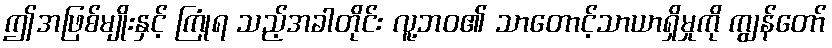
ဤအဖြစ်မျိုးနှင့် ကြုံရ သည့်အခါတိုင်း လူ့ဘဝ၏ သာတောင့်သာယာရှိမှုကို ကျွန်တော်